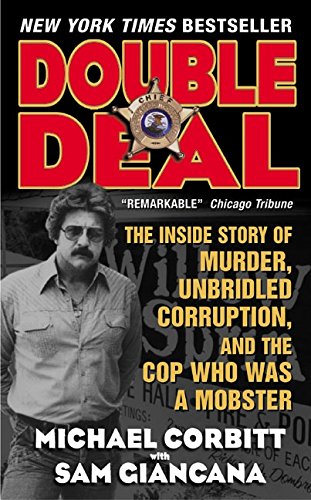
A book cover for Double Deal: The Inside Story of Murder, Unbridled Corruption, and the Cop Who Was a Mobster; Sam Giancana; Biographies & Memoirs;